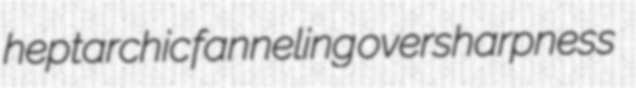
heptarchic fanneling oversharpness